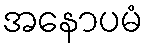
အနောပမံ